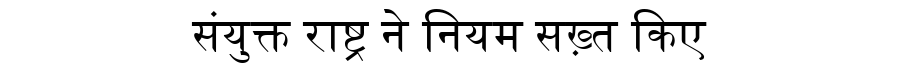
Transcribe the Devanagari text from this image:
संयुक्त राष्ट्र ने नियम सख़्त किए